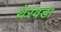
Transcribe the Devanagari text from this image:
थेरवडा